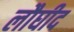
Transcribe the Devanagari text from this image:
लौघीद